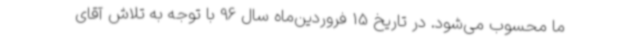
ما محسوب می‌شود. در تاریخ 15 فروردین‌ماه سال 96 با توجه به تلاش آقای